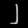
Digit: ၂